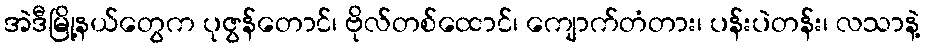
အဲဒီမြို့နယ်တွေက ပုဇွန်တောင်၊ ဗိုလ်တစ်ထောင်၊ ကျောက်တံတား၊ ပန်းပဲတန်း၊ လသာနဲ့